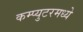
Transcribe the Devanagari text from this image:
कम्प्युटरमध्ये